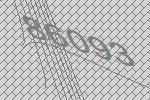
86093